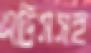
এডিসসহ